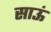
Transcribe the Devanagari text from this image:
साऊं